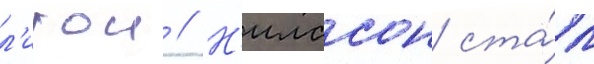
л'игои // Н'илссон ста́л